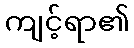
ကျင့်ရာ၏